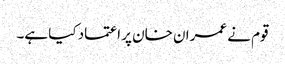
قوم نے عمران خان پر اعتماد کیا ہے۔